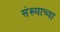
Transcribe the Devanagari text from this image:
संख्याच्या